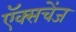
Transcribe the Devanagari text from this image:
ऍक्सचेंज